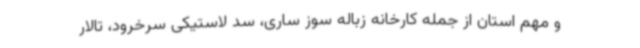
و مهم استان از جمله کارخانه زباله سوز ساری، سد لاستیکی سرخرود، تالار